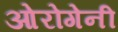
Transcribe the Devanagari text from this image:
ओरोगेनी